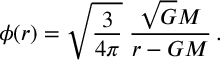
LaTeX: \phi ( r ) = \sqrt { \frac { 3 } { 4 \pi } } \; \frac { \sqrt { G } M } { r - G M } \, .